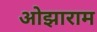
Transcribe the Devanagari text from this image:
ओझाराम